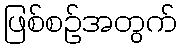
ဖြစ်စဉ်အတွက်